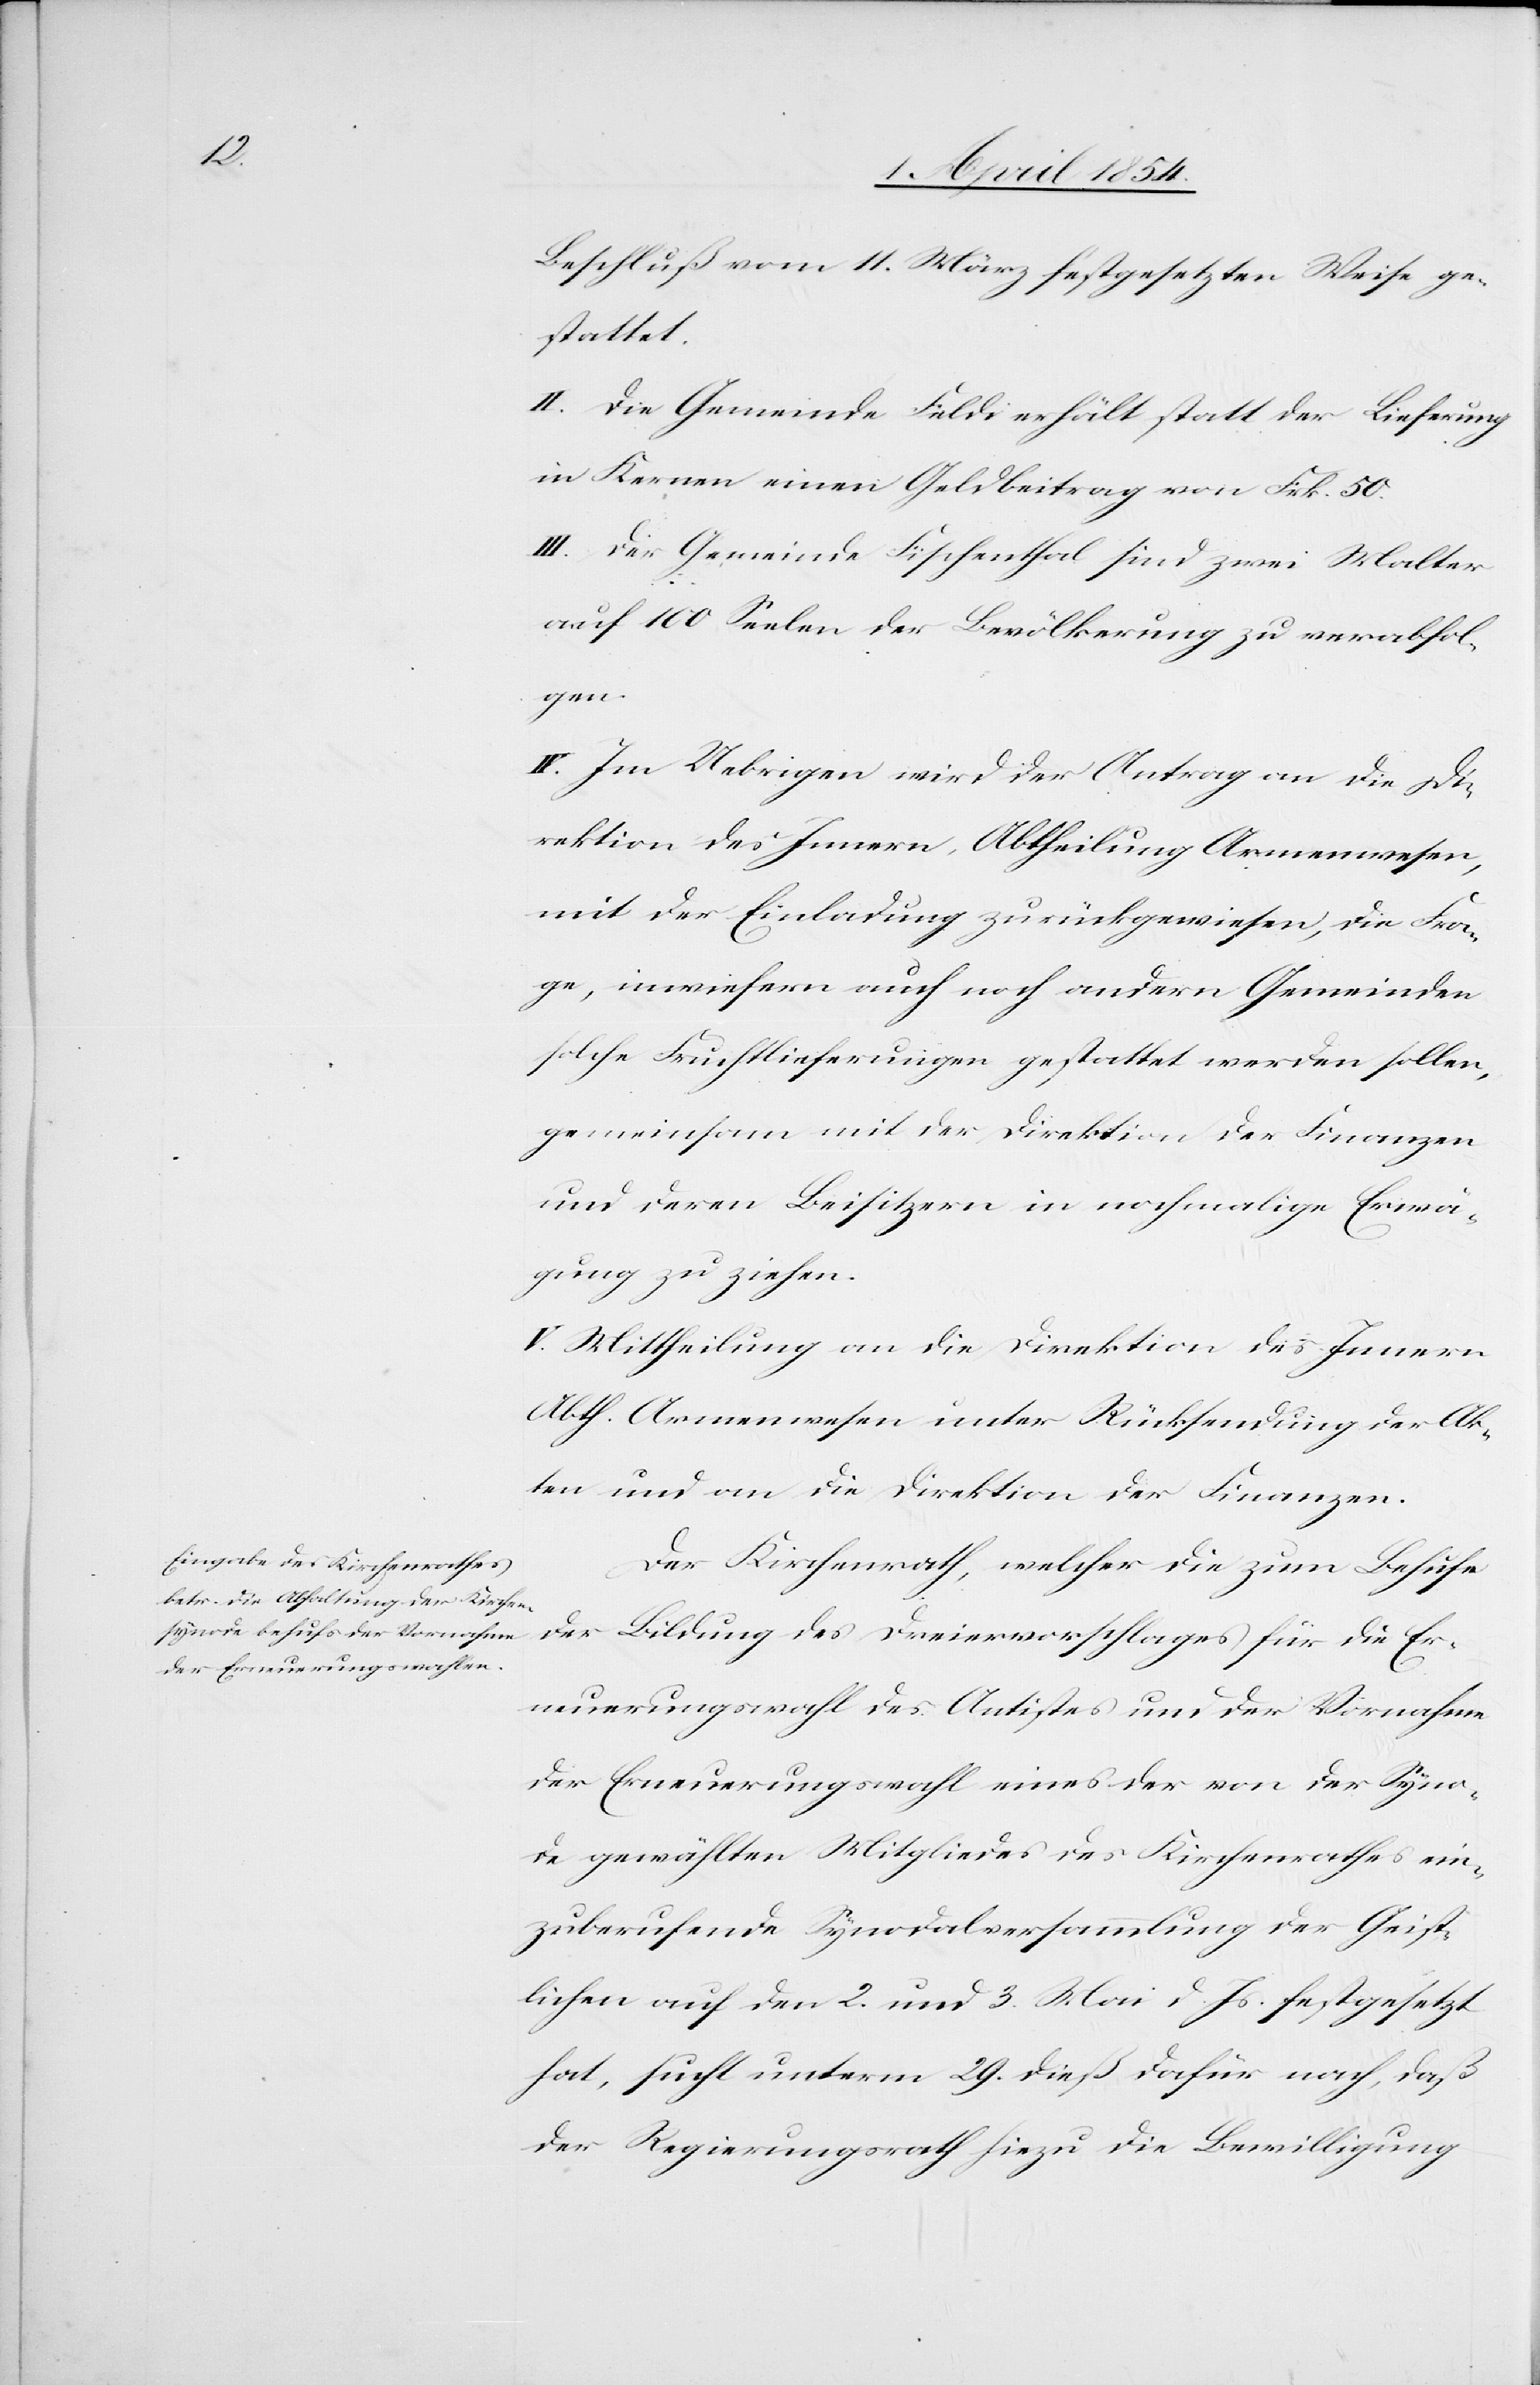
Beschluß vom 11. März festgesetzten Weise ge¬
stattet.
II. Die Gemeinde Feldi erhält statt der Lieferung
in Kernen einen Geldbeitrag von Frk. 50.
III. Der Gemeinde Fischenthal sind zwei Malter
auf 100 Seelen der Bevölkerung zu verabfol¬
gen.
IV. Im Uebrigen wird der Antrag an die Di¬
rektion des Innern, Abtheilung Armenwesen,
mit der Einladung zurückgewiesen, die Fra¬
ge, inwiefern auch noch andern Gemeinden
solche Fruchtlieferungen gestattet werden sollen,
gemeinsam mit der Direktion der Finanzen
und deren Beisitzern in nochmalige Erwä¬
gung zu ziehen.
V. Mittheilung an die Direktion des Innern
Abth. Armenwesen unter Rückendung der Ak¬
ten und an die Direktion der Finanzen.
Der Kirchenrath, welcher die zum Behufe
der Bildung des Dreiervorschlages für die Er¬
neuerungswahl des Antistes um der Vornahme
der Erneuerungswahl eines der von der Syno¬
de gewählten Mitgliedes des Kirchenrathes ein¬
zuberufende Synodalversammlung der Geist¬
lichen auf den 2. und 3. Mai d. Js. festgesetzt
hat, sucht unterm 29. dieß dafür nach, daß
der Regierungsrath hiezu die Bewilligung